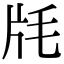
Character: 㲏